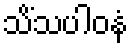
သိံသပါဝနံ